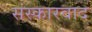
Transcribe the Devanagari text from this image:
संस्कारवाद